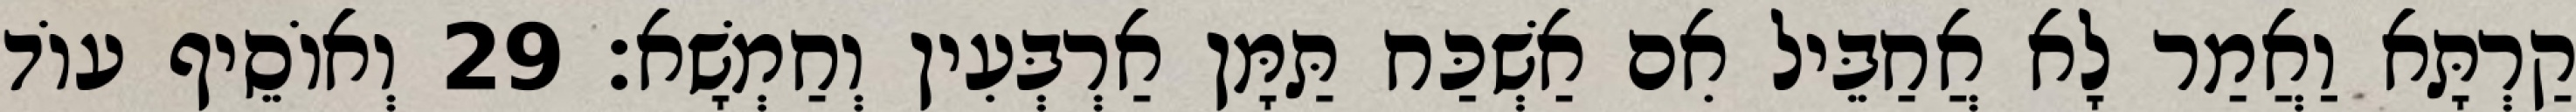
קַרְתָּא וַאֲמַר לָא אֲחַבֵּיל אִם אַשְׁכַּח תַּמָּן אַרְבְּעִין וְחַמְשָׁא׃ 29 וְאוֹסֵיף עוֹד